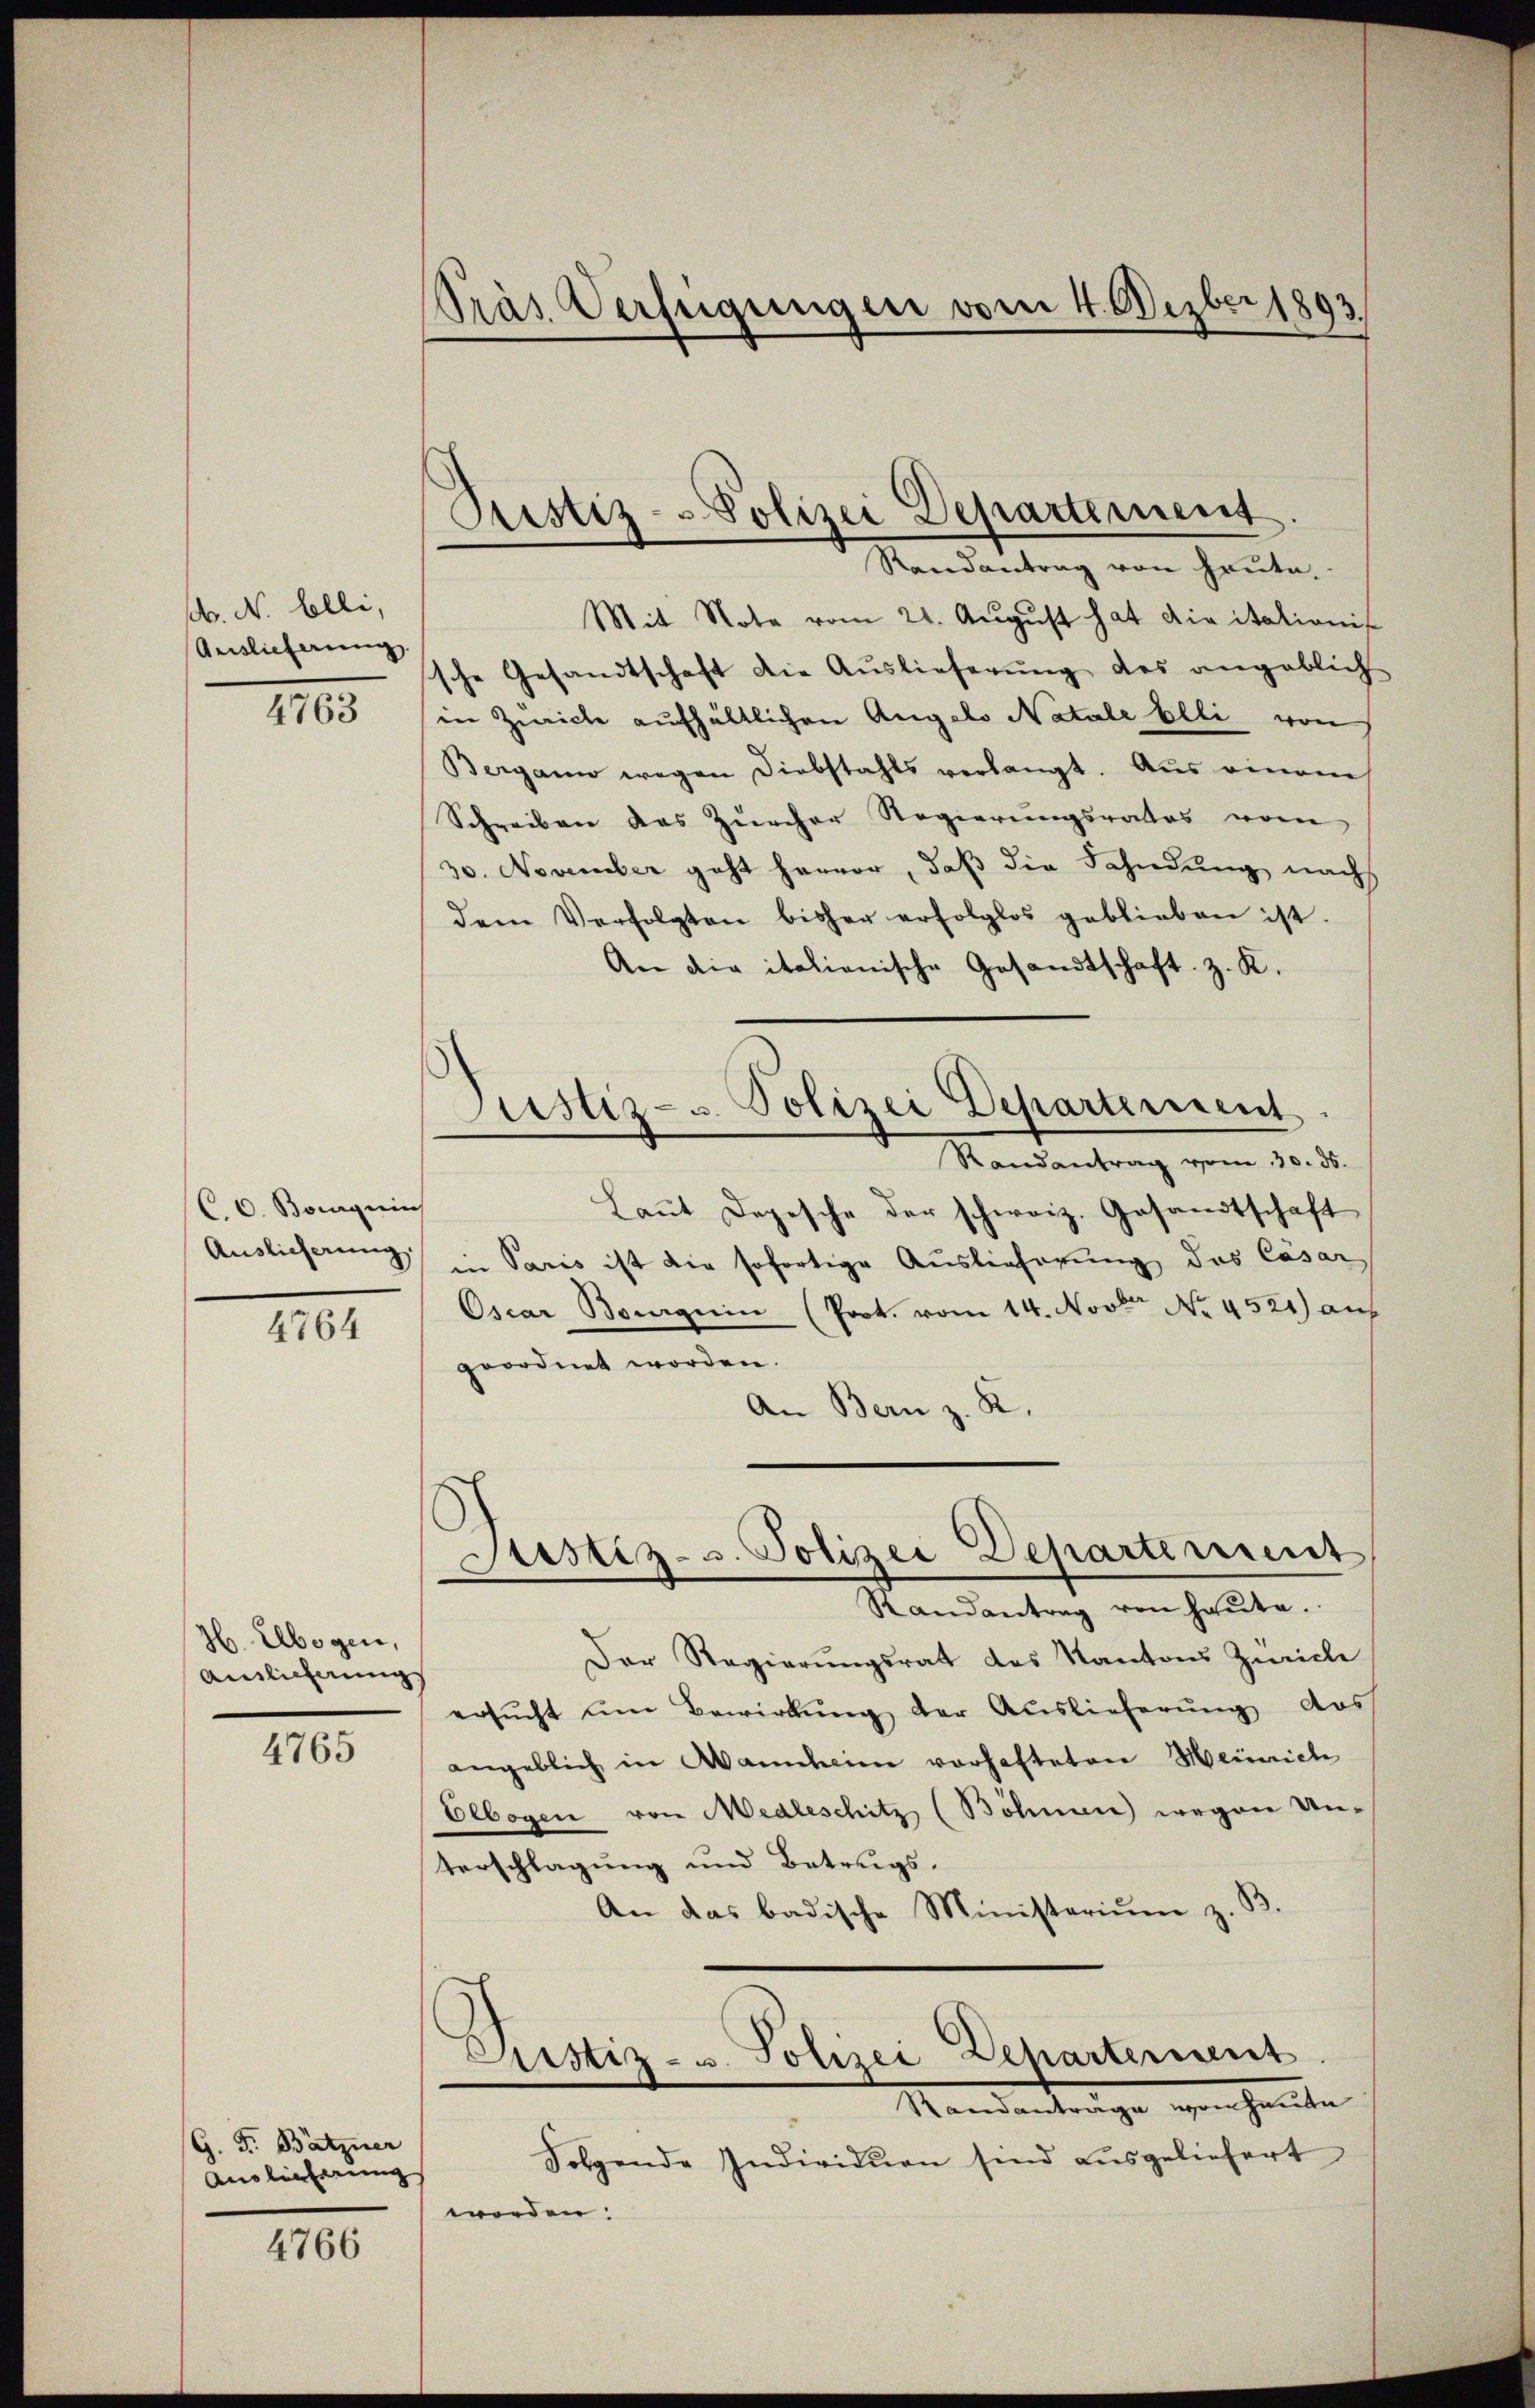
sb. N. Elli,
Auslicherung
III

C. C. Boguins

4764

Jb. Elbogen,
Ainlicherungs

4765

G. F. Bätzner
Auslieferung

4766

Pras Verfügungen vom 4. Dezber 1893

Justiz-Polizei Departement
Randantrag von heute

Justiz- u. Polizei Departerient.

Mit Note vom 21. Aŭgŭst hat die italionis
sche Gesandtschaft die Aŭslieferŭng des angeblich
in Zürich aufhältlichen Angelo Natale Elli von
Bergann wegen Diebstahls verlangt. Aus einem
Schreiben das Zürcher Regierungsrates vom
30. November geht hervor, daß die Fahndung nach
dem Verfolgten bisher erfolglos geblieben ist.
An die italienische Gesandtschaft z. K.
Randantrag vom 30. ds.
Laut Depesche der schweiz. Gesandtschaft
Auslieferung in Paris ist die sofortige Auslieferung das Cäsar
Oscar Boguin (Prot. vom 14. Novt No. 4521) auf
geordnet worden.
An Bern z. R.
Justiz- u. Polizei Departement
Randantrag von heute.
Der Regierungsrat des Kantons Zürich
ersŭcht ŭm Bewirkŭng der Auslieferŭng das
angeblich in Wannheim vorhafteten Heinrich
Elbogen von Medleschitz (Böhnen wegen Un¬
Verschlagung und Betrugs¬
An das badische Ministerium z. B
Justiz- u. Polizei Departement
Mandantrage evenhauten
Folgende Individuen sind aŭsgeliefert
worden.